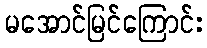
မအောင်မြင်ကြောင်း